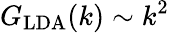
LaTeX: G_{\mathrm{LDA}}(k)\sim k^{2}